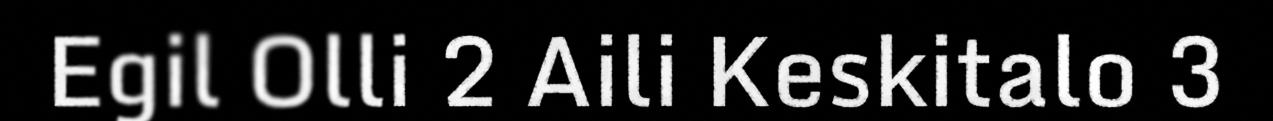
Egil Olli 2 Aili Keskitalo 3